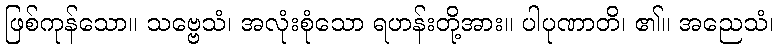
ဖြစ်ကုန်သော။ သဗ္ဗေသံ၊ အလုံးစုံသော ရဟန်းတို့အား။ ပါပုဏာတိ၊ ၏။ အညေသံ၊